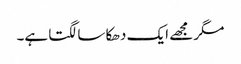
مگر مجھے ایک دھکا سا لگتا ہے۔